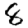
Digit: 8